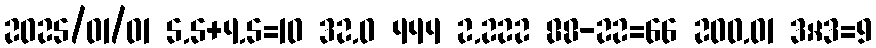
2025/01/01 5.5+4.5=10 32.0 444 2.222 88-22=66 200.01 3×3=9